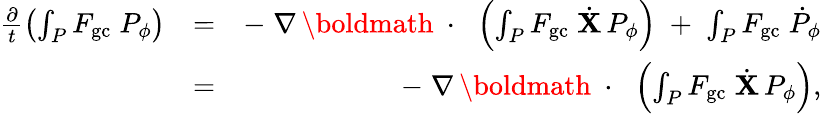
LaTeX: \begin{array}{rlr}{\frac{\partial}{t}\left(\int_{P}F_{\mathrm{gc}}\; P_{\phi}\right)}&{=}&{-\; \nabla\, \mathrm{\boldmath~\cdot~}\, \left(\int_{P}F_{\mathrm{gc}}\; \dot{\mathbf X}\, P_{\phi}\right)\; +\; \int_{P}F_{\mathrm{gc}}\; \dot{P}_{\phi}}\\ &{=}&{-\; \nabla\, \mathrm{\boldmath~\cdot~}\, \left(\int_{P}F_{\mathrm{gc}}\; \dot{\mathbf X}\, P_{\phi}\right),}\end{array}